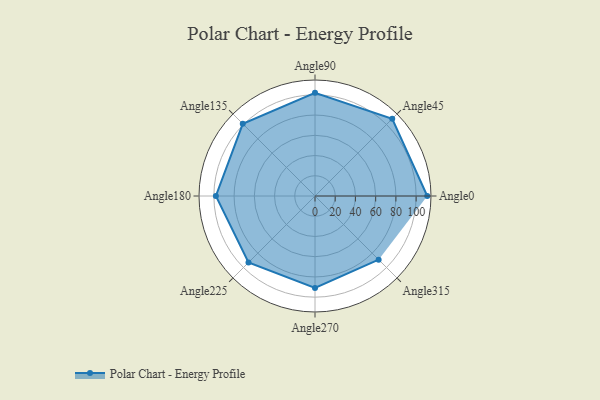
{"axis": {"x": "Angle", "y": "Radius"}, "legend": [""], "data": [{"x": "Angle0", "y": 111.0, "type": ""}, {"x": "Angle45", "y": 108.0, "type": ""}, {"x": "Angle90", "y": 102.0, "type": ""}, {"x": "Angle135", "y": 101.0, "type": ""}, {"x": "Angle180", "y": 98.0, "type": ""}, {"x": "Angle225", "y": 93.0, "type": ""}, {"x": "Angle270", "y": 91.0, "type": ""}, {"x": "Angle315", "y": 89.0, "type": ""}]}